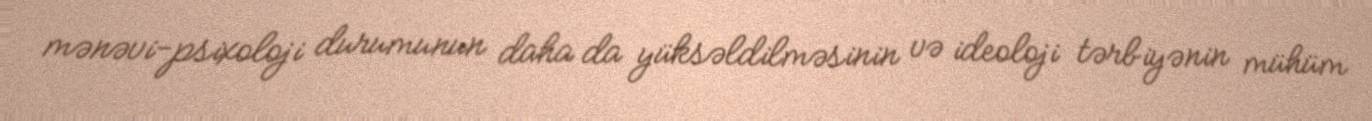
mənəvi-psixoloji durumunun daha da yüksəldilməsinin və ideoloji tərbiyənin mühüm